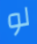
لو